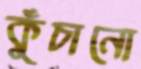
কুঁচানো